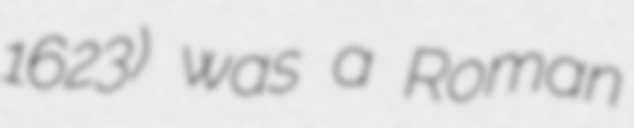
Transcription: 1623) was a Roman